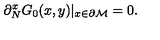
\partial _ { N } ^ { x } G _ { 0 } ( x , y ) | _ { x \in { \partial { \cal M } } } = 0 .